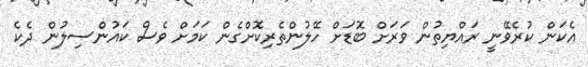
އެކަން ކުރެވޭނީ ރައްޔިތުން ވަރަށް ބޮޑަށް ހޭލުންތެރިކޮށްގެން ކަމަށް ވެސް ކައުންސިލުން ދެކެ